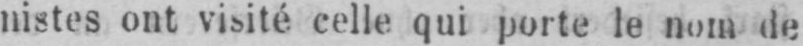
nistes ont visité celle qui porte le nom de